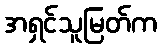
အရှင်သူမြတ်က